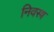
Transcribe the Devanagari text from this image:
निवस्त्र